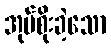
အုပ်စိုးခဲ့သော